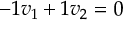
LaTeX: - 1 v _ { 1 } + 1 v _ { 2 } = 0